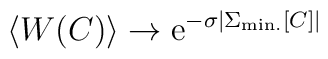
\left<W(C)\right>\to {\rm e}^{-\sigma\left|\Sigma_{\rm min.}[C]\right|}